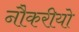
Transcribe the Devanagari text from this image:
नौकरीयो